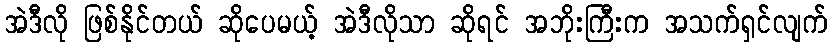
အဲဒီလို ဖြစ်နိုင်တယ် ဆိုပေမယ့် အဲဒီလိုသာ ဆိုရင် အဘိုးကြီးက အသက်ရှင်လျက်